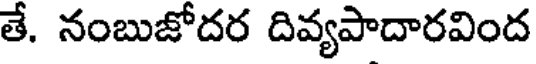
తే. నంబుజోదర దివ్యపాదారవింద